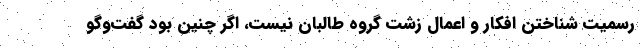
رسميت شناختن افكار و اعمال زشت گروه طالبان نيست، اگر چنين بود گفت‌وگو